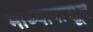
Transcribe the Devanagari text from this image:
माध्यापासून